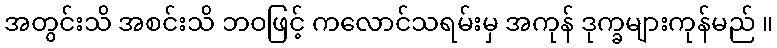
အတွင်းသိ အစင်းသိ ဘဝဖြင့် ကလောင်သရမ်းမှ အကုန် ဒုက္ခများကုန်မည် ။